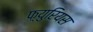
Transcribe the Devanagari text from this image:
फ़्युरियस